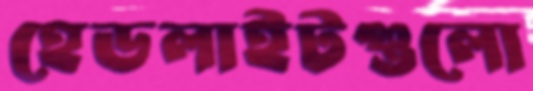
হেডলাইটগুলো